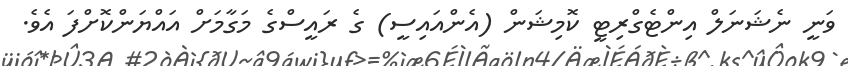
ވަނީ ނެޝަނަލް އިންޓެގްރިޓީ ކޮމިޝަން (އެންއައިސީ) ގެ ރައީސްގެ މަގާމަށް އައްޔަންކޮށްފަ އެވެ.